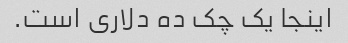
اینجا یک چک ده دلاری است.